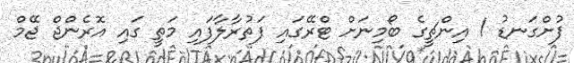
ފުށްގަނޑު 1 އިންޗީގެ ބޯމިނަށް ޓްރޭގައި ފަތުރާލާފައި މަތީ ގައި އޮރެންޖް ޖޭމް